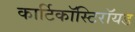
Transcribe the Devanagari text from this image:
कार्टिकॉस्टिरॉयड